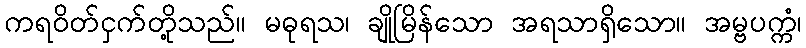
ကရဝိတ်ငှက်တို့သည်။ မဓုရသ၊ ချိုမြိန်သော အရသာရှိသော။ အမ္ဗပက္ကံ၊